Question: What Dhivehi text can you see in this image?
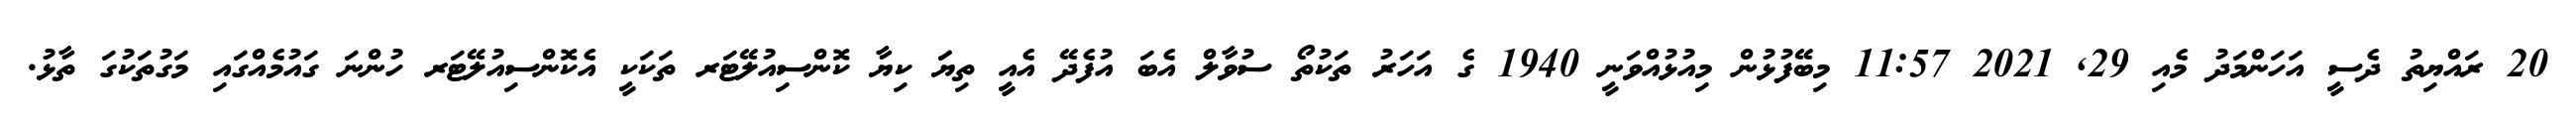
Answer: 20 ރައްޔިތު ދެސީ އަހަންމަދު މެއި 29, 2021 11:57 މިބޭފުޅުން މިއުޅުއްވަނީ 1940 ގެ އަހަރު ތަކުތޯ ސުވާލް އެބަ އުފެދޭ އެއީ ތިޔަަ ކިޔާ ކޮންސިއުލޭޓަރ ތަކަކީ އެކޮންސިއުލޭޓަރ ހުންނަ ގައުމެއްގައި މަގުތަކުގަ ތާޅު.